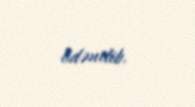
ödənilib.